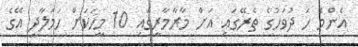
އެންމެ ހަ ދުވަހުގެ ތެރޭގައި އަށް މާރާމާރީގައި 10 މީހަކަށް ހަމަލާދީ އޭގެ